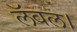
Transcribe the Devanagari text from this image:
लॅवल।